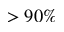
> 9 0 \%